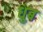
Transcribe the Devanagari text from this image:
धुब